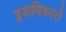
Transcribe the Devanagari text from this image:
द्वयाधिकारों